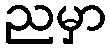
ညမှာ